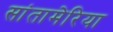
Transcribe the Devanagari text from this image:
सांतामेरिया